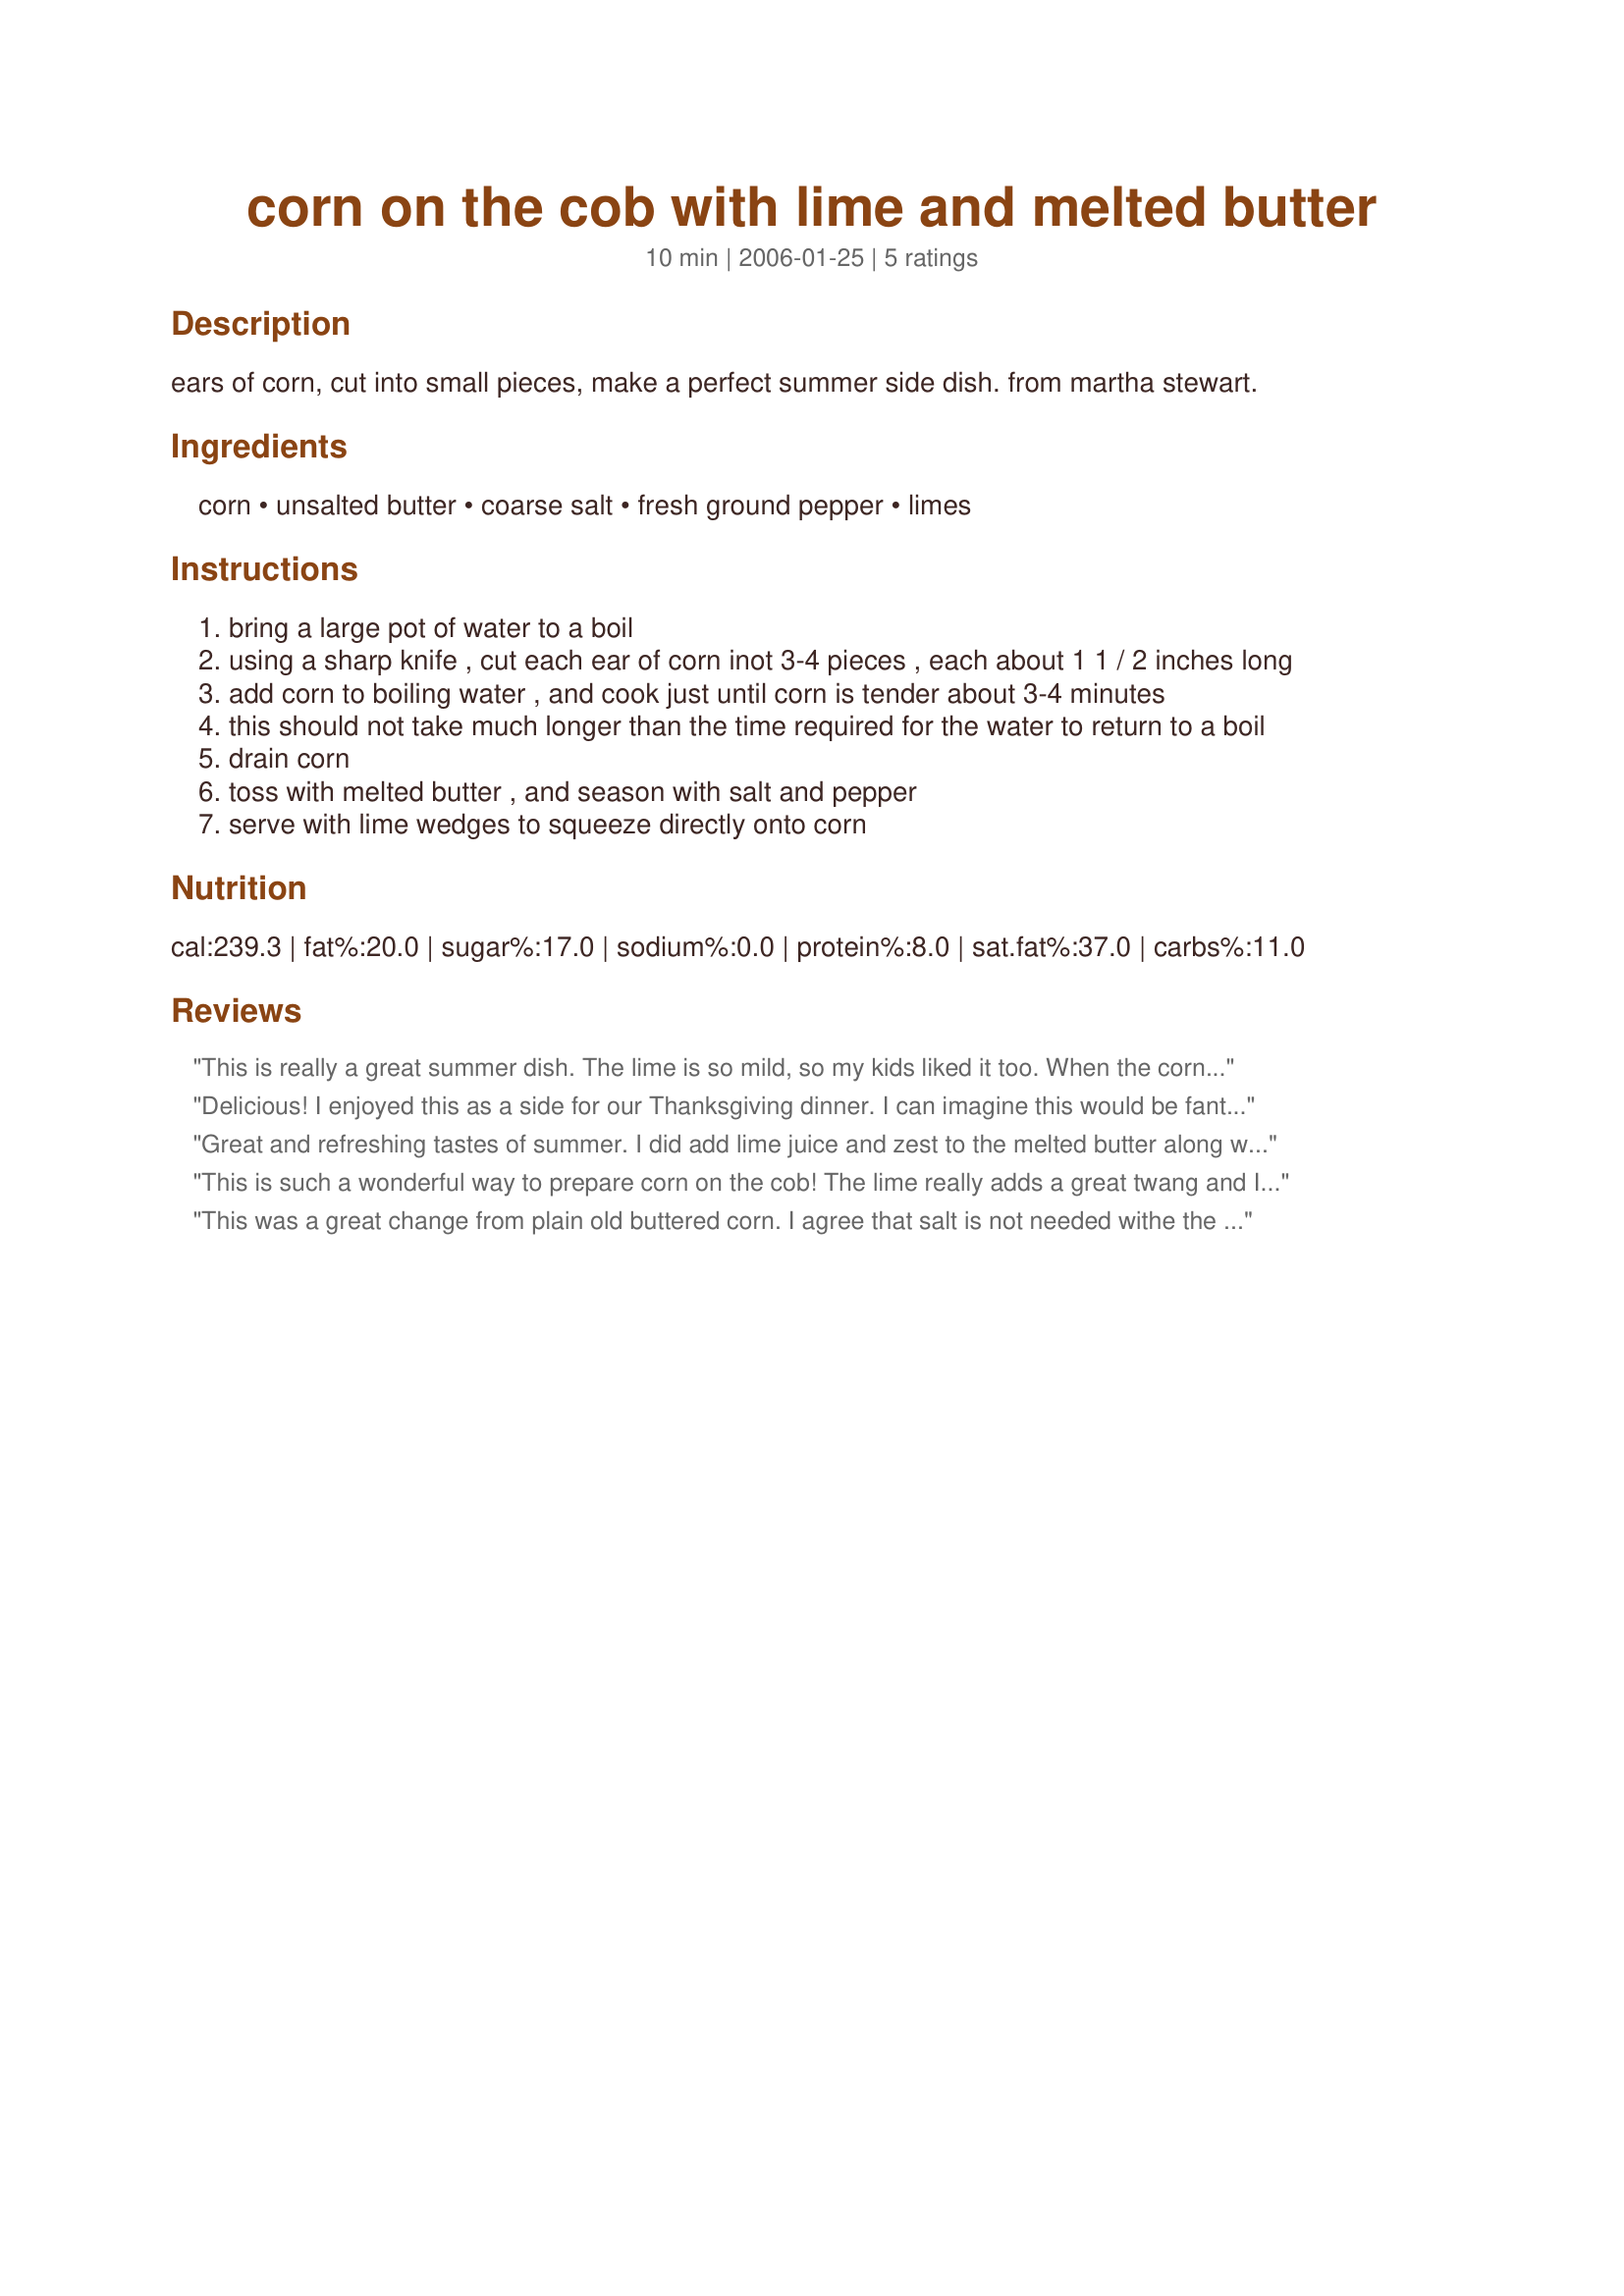
corn on the cob with lime and melted butter
Preparation time: 10 minutes

ears of corn, cut into small pieces, make a perfect summer side dish. from martha stewart.

Ingredients:
corn, unsalted butter, coarse salt, fresh ground pepper, limes

Steps:
bring a large pot of water to a boil
using a sharp knife , cut each ear of corn inot 3-4 pieces , each about 1 1 / 2 inches long
add corn to boiling water , and cook just until corn is tender about 3-4 minutes
this should not take much longer than the time required for the water to return to a boil
drain corn
toss with melted butter , and season with salt and pepper
serve with lime wedges to squeeze directly onto corn

Reviews:
This is really a great summer dish. The lime is so mild, so my kids liked it too. When the corn was ready we sliced it off the cob, due to teenagers with braces. We will make this a lot this summer. Thanks!
Delicious! I enjoyed this as a side for our Thanksgiving dinner. I can imagine this would be fantastic with BBQ in the summer. I used frozen corn on the cob since corn isn't in season currently and it was fantastic. Thanks for posting this recipe!
Great and refreshing tastes of summer. I did add lime juice and zest to the melted butter along with chopped cilantro. I found you don`t need the salt with this!
This is such a wonderful way to prepare corn on the cob! The lime really adds a great twang and I agree with the other reviewers - you do not need to add salt to the corn at all. Everyone ate twice as much corn as usual and not a cob was spared. This is perfect for summer and I would serve this to guests. Thank you LMillerRN!
This was a great change from plain old buttered corn. I agree that salt is not needed withe the great lime flavor- an excellent way to reduce salt in the diet!
